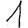
Digit: 1